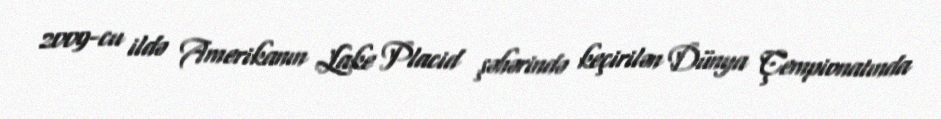
2009-cu ildə Amerikanın Lake Placid şəhərində keçirilən Dünya Çempionatında